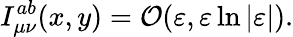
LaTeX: I_{\mu\nu}^{ab}(x,y)={\cal O}(\varepsilon,\varepsilon\ln|\varepsilon|).